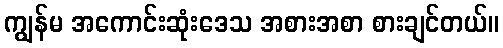
ကျွန်မ အကောင်းဆုံးဒေသ အစားအစာ စားချင်တယ်။